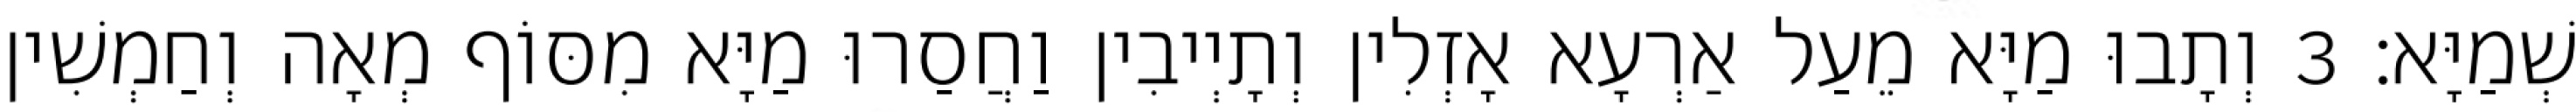
שְׁמַיָּא׃ 3 וְתָבוּ מַיָּא מֵעַל אַרְעָא אָזְלִין וְתָיְיבִין וַחֲסַרוּ מַיָּא מִסּוֹף מְאָה וְחַמְשִׁין